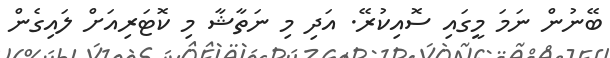
ބޭނުން ނަމަ މީގައި ސޮއިކުރޭ. އަދި މި ނަތާޝާ މި ކޮޓަރިއަށް ލައިގެން